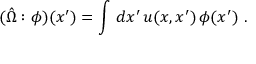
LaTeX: ( \hat { \Omega } : \phi ) ( x ^ { \prime } ) = \int \, d x ^ { \prime } \, u ( x , x ^ { \prime } ) \, \phi ( x ^ { \prime } ) ~ .